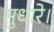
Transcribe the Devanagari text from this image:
सुधारे।